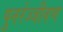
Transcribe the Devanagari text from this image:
पुनर्रज्जीवण